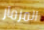
المزمار